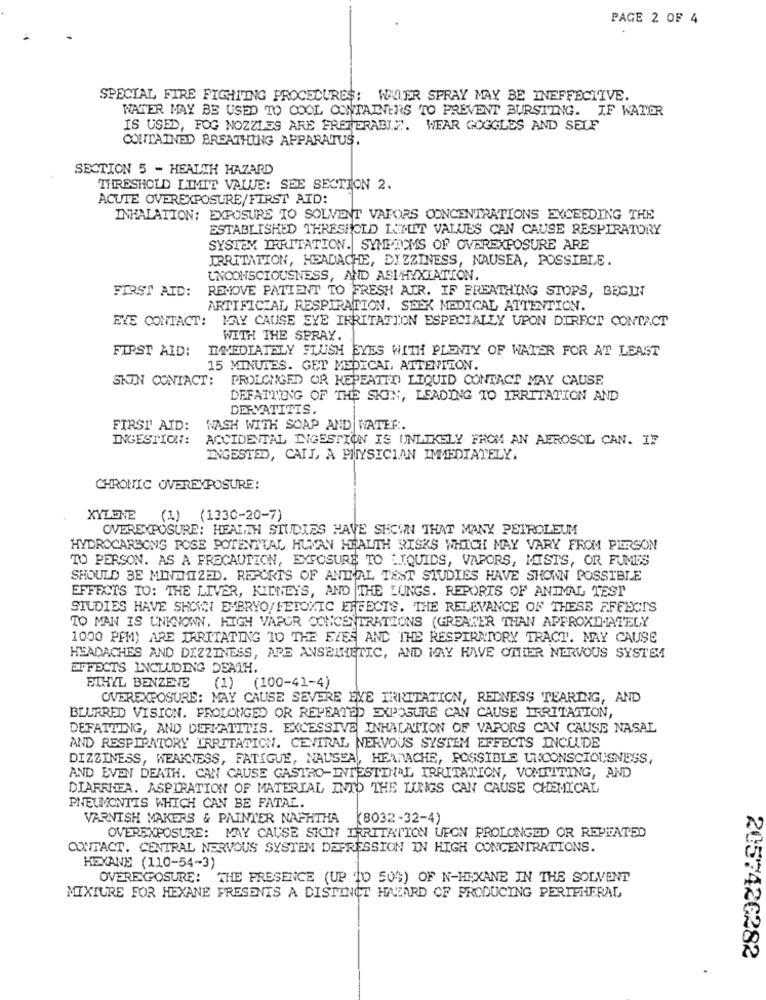
PAGE 2 OF 4
SPECIAL FIRE FIGHTING PROCEDURES; W.ER SPRAY MAY BE INEFFECTIVE.
WATER MAY BE USED TO COOL CONTAINERS TO PREVENT BURSTING. IF WATER
IS USED, FOG NOZZLES ARE FRETERABI .. ". WEAR GOGGLES AND SELF
CONTAINED BREATHING APPARATUS.
SECTION 5 - HEALTH HAZARD
THRESHOLD LIMIT VALUE: SEE SECTION 2.
ACUTE OVEREXPOSURE/FIRST AID:
INHALATION: EXPOSURE TO SOLVENT VAPORS CONCENTRATIONS EXCEEDING THE
ESTABLISHED THRESHOLD LAT.LET VALUES CAN CAUSE RESPIRATORY
SYSTEM. IRRITATION. SYMPTOMS OF OVEREXPOSURE ARE
IRRITATION, HEADACHE, DIZZINESS, NAUSEA, POSSIBLE.
UNCONSCIOUSNESS, AND ASPHYXIATION.
REMOVE PATIENT TO FRESH AIR. IF BREATHING STOPS, BEGIN
FIRST AID:
ARTIFICIAL RESPIRATION. SEEK MEDICAL ATTENTION.
EYE CONTACT: MAY CAUSE EYE IRRITATION ESPECIALLY UPON DIRECT CONTACT
WITH THE SPRAY.
FIRST AID: IMMEDIATELY FLUSH EYES WITH PLENTY OF WATER FOR AT LEAST
15 MINUTES. GET MEDICAL ATTENTION.
SKIN CONTACT:
PROLONGED OR REPEATED LIQUID CONTACT MAY CAUSE
DEFATTING OF THE SKIN, LEADING TO IRRITATION AND
DERMATITIS.
FIRST AID:
WASH WITH SOAP AND WATER.
INGESTION:
ACCIDENTAL INGESTION IS UNLIKELY FROM AN AEROSOL CAN. IF
INGESTED, CAIL, A PHYSICIAN IMMEDIATELY.
CHRONIC OVEREXPOSURE!
XYLENE (1) (1330-20-7)
OVEREXPOSURE: HEALTH STUDIES HAVE SHOWN THAT MANY PETROLEUM
HYDROCARBONS POSE POTENTIAL HUMAN HEALTH RISKS WHICH MAY VARY FROM PERSON
TO PERSON. AS A PRECAUTION, EXPOSURE TO LIQUIDS, VAPORS, MISTS, OR FUMES
SHOULD BE MINTMIZED. REPORTS OF ANIMAL TEST STUDIES HAVE SHOWN POSSIBLE
EFFECTS TO: THE LIVER, KIDNEYS, AND THE LUNGS. REPORTS OF ANIMAL TEST
STUDIES HAVE SHOWN EMBRYO/FETOXIC EFFECTS. THE RELEVANCE OF THESE AFFECTS
TO MAN IS UNKNOWN. HIGH VAPOR CONCENTRATIONS (GREATER THAN APPROXIMATELY
1000 PFM) ARE IRRITATING 10 THE EZES AND THE RESPIRATORY TRACT. MAY CAUSE
HEADACHES AND DIZZINESS, ARE ANSEINETIC, AND MAY HAVE OTHER NERVOUS SYSTEM
EFFECTS INCLUDING DEATH.
ETHYL BENZENE
(1) (100-41-4)
OVEREXPOSURE: MAY CAUSE SEVERE EVE IRRITATION, REDNESS TEARING, AND
BLURRED VISION. PROLONGED OR REPEATED EXPOSURE CAN CAUSE IRRITATION,
DEFATTING, AND DERMATITIS. EXCESSIVE INHALATION OF VAPORS CAN CAUSE NASAL
AND RESPIRATORY IRRITATION. CENTRAL NERVOUS SYSTEM EFFECTS INCLUDE
DIZZINESS, WEAKNESS, FATIGUE, NAUSEA ,, HEADACHE, POSSIBLE UNCONSCIOUSNESS,
AND EVEN DEATH. CAN CAUSE GASTRO-INTESTINAL IRRITATION, VOMTITING, AND
DIARRHEA. ASPIRATION OF MATERIAL INTO THE LIRIGS CAN CAUSE CHEMICAL
PNEUMONTIS WHICH CAN BE FATAL.
VARNISH MAKERS & PAINTER NAPHTHA
(8032-32-4)
OVEREXPOSURE: MAY CAUSE SKIN IRRITATION UPON PROLONGED OR REPEATED
CONTACT. CENTRAL NERVOUS SYSTEM DEPRESSION IN HIGH CONCENTRATIONS.
HEXANE (110-54-3)
OVEREXPOSURE: THE PRESENCE (UP TO 50%) OF N-HEXANE IN THE SOLVENT
MIXTURE FOR HEXANE PRESENTS A DISTINCT HAZARD OF PRODUCING PERIPHERAL
2057426282